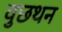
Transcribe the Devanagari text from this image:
वुछथन